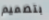
بتصميم